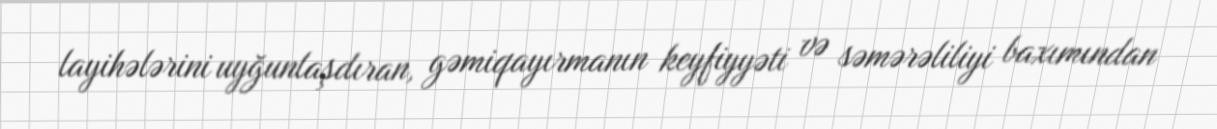
layihələrini uyğunlaşdıran, gəmiqayırmanın keyfiyyəti və səmərəliliyi baxımından